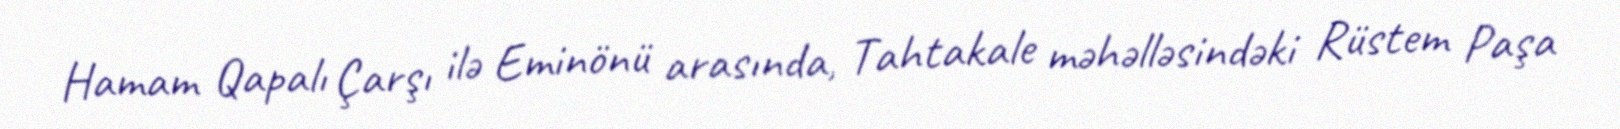
Hamam Qapalı Çarşı ilə Eminönü arasında, Tahtakale məhəlləsindəki Rüstem Paşa